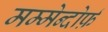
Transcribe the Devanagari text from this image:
मम्मेन्दोर्फ़